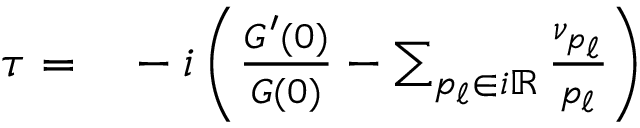
\begin{array} { r } { \begin{array} { r l } { \tau = } & { { } - i \left( \frac { G ^ { \prime } ( 0 ) } { G ( 0 ) } - \sum _ { p _ { \ell } \in i \mathbb { R } } \frac { \nu _ { p _ { \ell } } } { p _ { \ell } } \right) } \end{array} } \end{array}